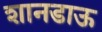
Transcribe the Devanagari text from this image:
शानडाऊ